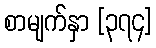
စာမျက်နှာ [၃၇၄]